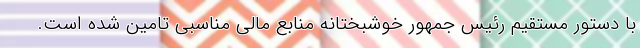
با دستور مستقیم رئیس جمهور خوشبختانه منابع مالی مناسبی تامین شده است.